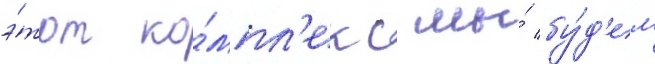
э́тот ко́мпл'екс мы́ бу́д'ем